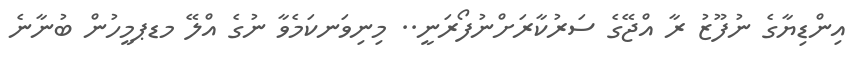
އިންޑިޔާގެ ނުފޫޒު ރާ އްޖޭގެ ސަރުކާރަށްނުފޯރަނީ.. މިނިވަނކަމެވާ ނުގެ އްލޭ މޑޕމީހުން ބުނާނެ